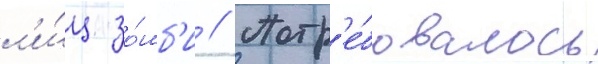
л'и́ц зо́мб'и // Потр'е́бовалось